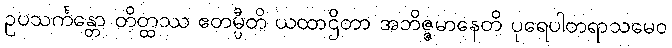
ဥပသင်္ကန္တော တိတ္ထဿ ဧတမ္ပီတိ ယထာဌိတာ အဘိဇ္ဇမာနေတိ ပုရေပါတရာသမေဝ